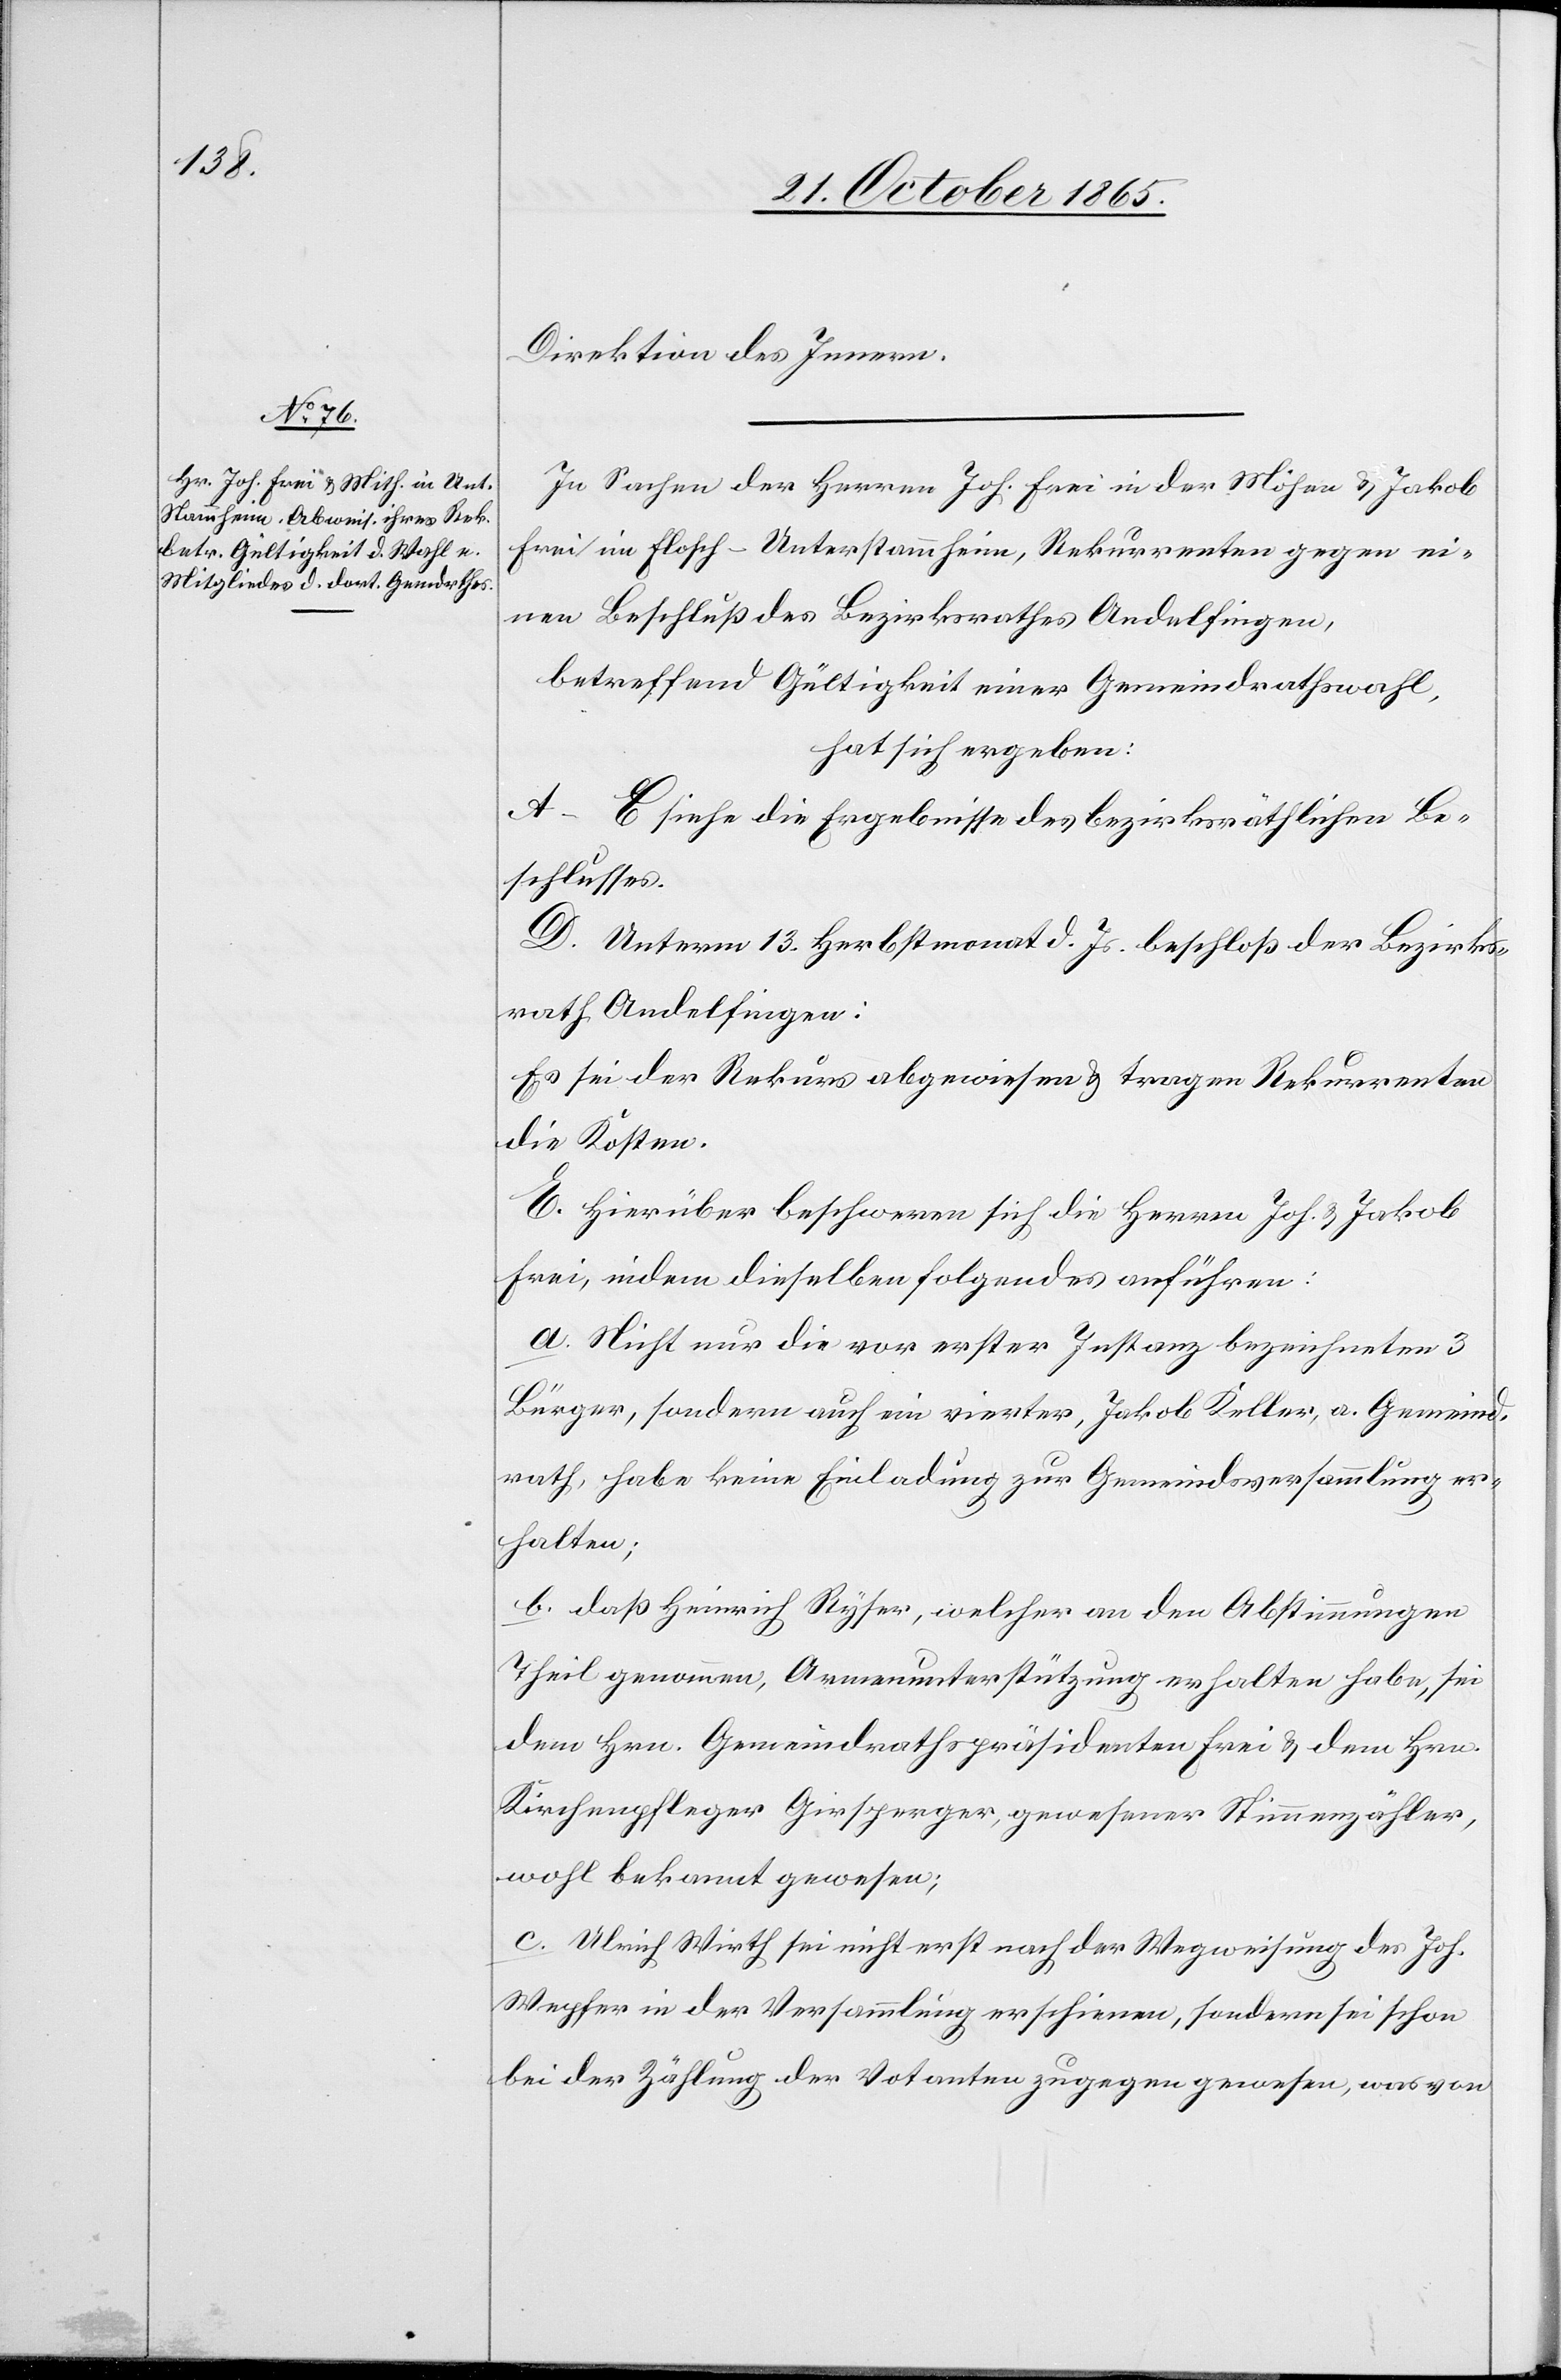
Direktion des Innern.
In Sachen der Herren Joh. Frei in der Möhen & Jakob
Frei im Flosch - Unterstammheim, Rekurrenten gegen ei¬
nen Beschluß des Bezirksrathes Andelfingen,
betreffend Gültigkeit einer Gemeindrathswahl,
hat sich ergeben:
A–C siehe die Ergebnisse des bezirksräthlichen Be¬
schlusses.
D. Unterm 13. Herbstmonat d. Js. beschloß der Bezirks¬
rath Andelfingen:
Es sei der Rekurs abgewiesen & tragen Rekurrenten
die Kosten.
E. Hierüber beschweren sich die Herren Joh. & Jakob
Frei, indem dieselben folgendes anführen:
a. Nicht nur die vor erster Instanz bezeichneten 3
Bürger, sondern auch ein vierter, Jakob Keller, a. Gemeind¬
rath, habe keine Einladung zur Gemeindsversammlung er¬
halten;
b. daß Heinrich Ryser, welcher an den Abstimmungen
Theil genommen, Armenunterstützung erhalten habe, sei
dem Hrn. Gemeindrathspräsidenten Frei & dem Hrn.
Kirchenpfleger Girsperger, gewesener Stimmenzähler,
wohl bekannt gewesen;
c. Ulrich Wirth sei nicht erst nach der Wegweisung des Joh.
Wepfer in der Versammlung erschienen, sondern sei schon
bei der Zählung der Votanten zugegen gewesen, was von